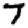
Digit: 7